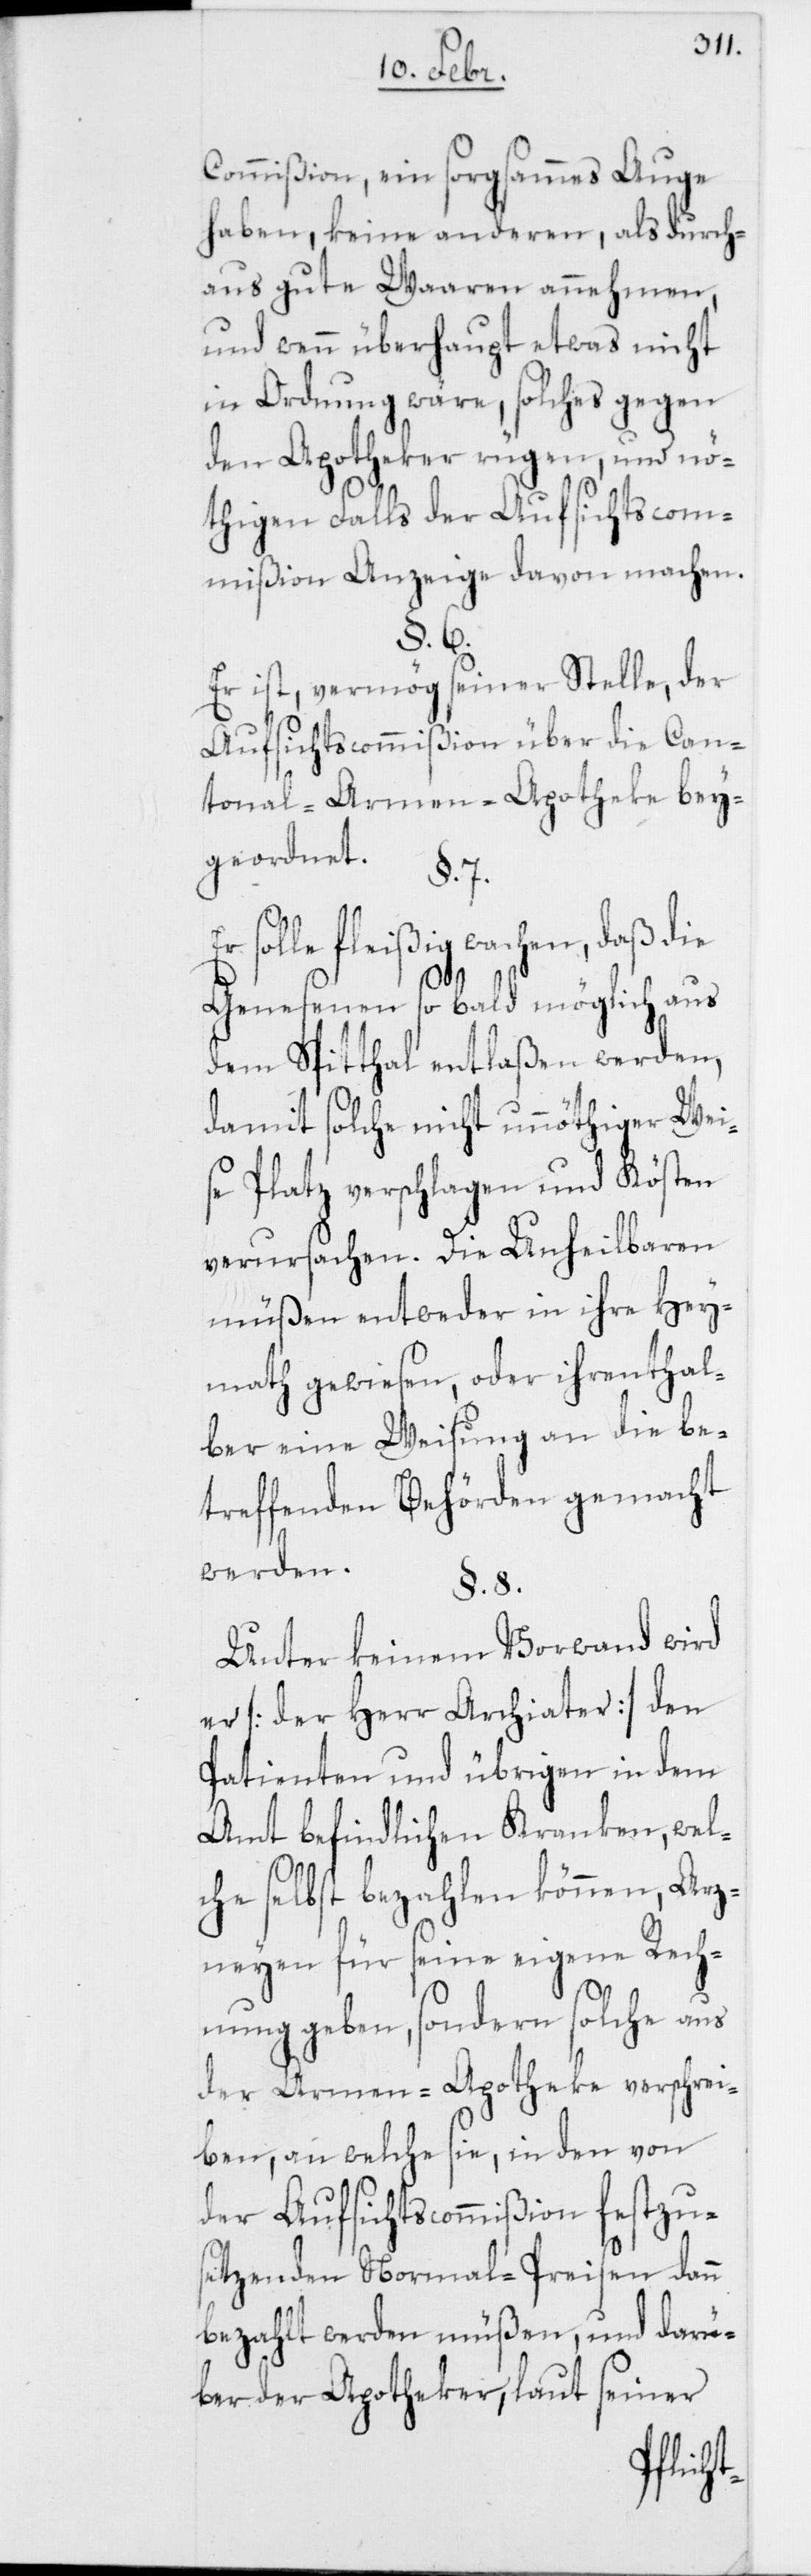
Commißion, ein sorgsammes Auge
haben, keine anderen, als durch¬
aus gute Waaren annehmen,
und wenn überhaupt etwas nicht
in Ordnung wäre, solches gegen
den Apotheker rügen, und nö¬
thigen Falls der Aufsichtscom¬
mißion Anzeige davon machen.
§. 6.
Er ist, vermög seiner Stelle, der
Aufsichtscommißion über die Can¬
tonal-Armen-Apotheke bey¬
geordnet.
§. 7.
Er solle fleißig wachen, daß die
Genesenen so bald möglich aus
dem Spitthal entlaßen werden,
damit solche nicht unnöthiger Wei¬
se Platz verschlagen und Kösten
verursachen. Die Unheilbaren
müßen entweder in ihre Hey¬
math gewiesen, oder ihrenthal¬
ber eine Weisung an die be¬
treffenden Behörden gemacht
werden.
§. 8.
Unter keinem Vorwand wird
er [der Herr Archiater] den
Patienten und übrigen in dem
Amt befindlichen Kranken, wel¬
che selbst bezahlen können, Arz¬
neyen für seine eigene Rech¬
nung geben, sondern solche aus
der Armen-Apotheke verschrei¬
ben, an welche sie, in den von
der Aufsichtscommißion festzus¬
etzenden Normal-Preisen dann
bezahlt werden müßen, und darü¬
ber der Apotheker, laut seiner